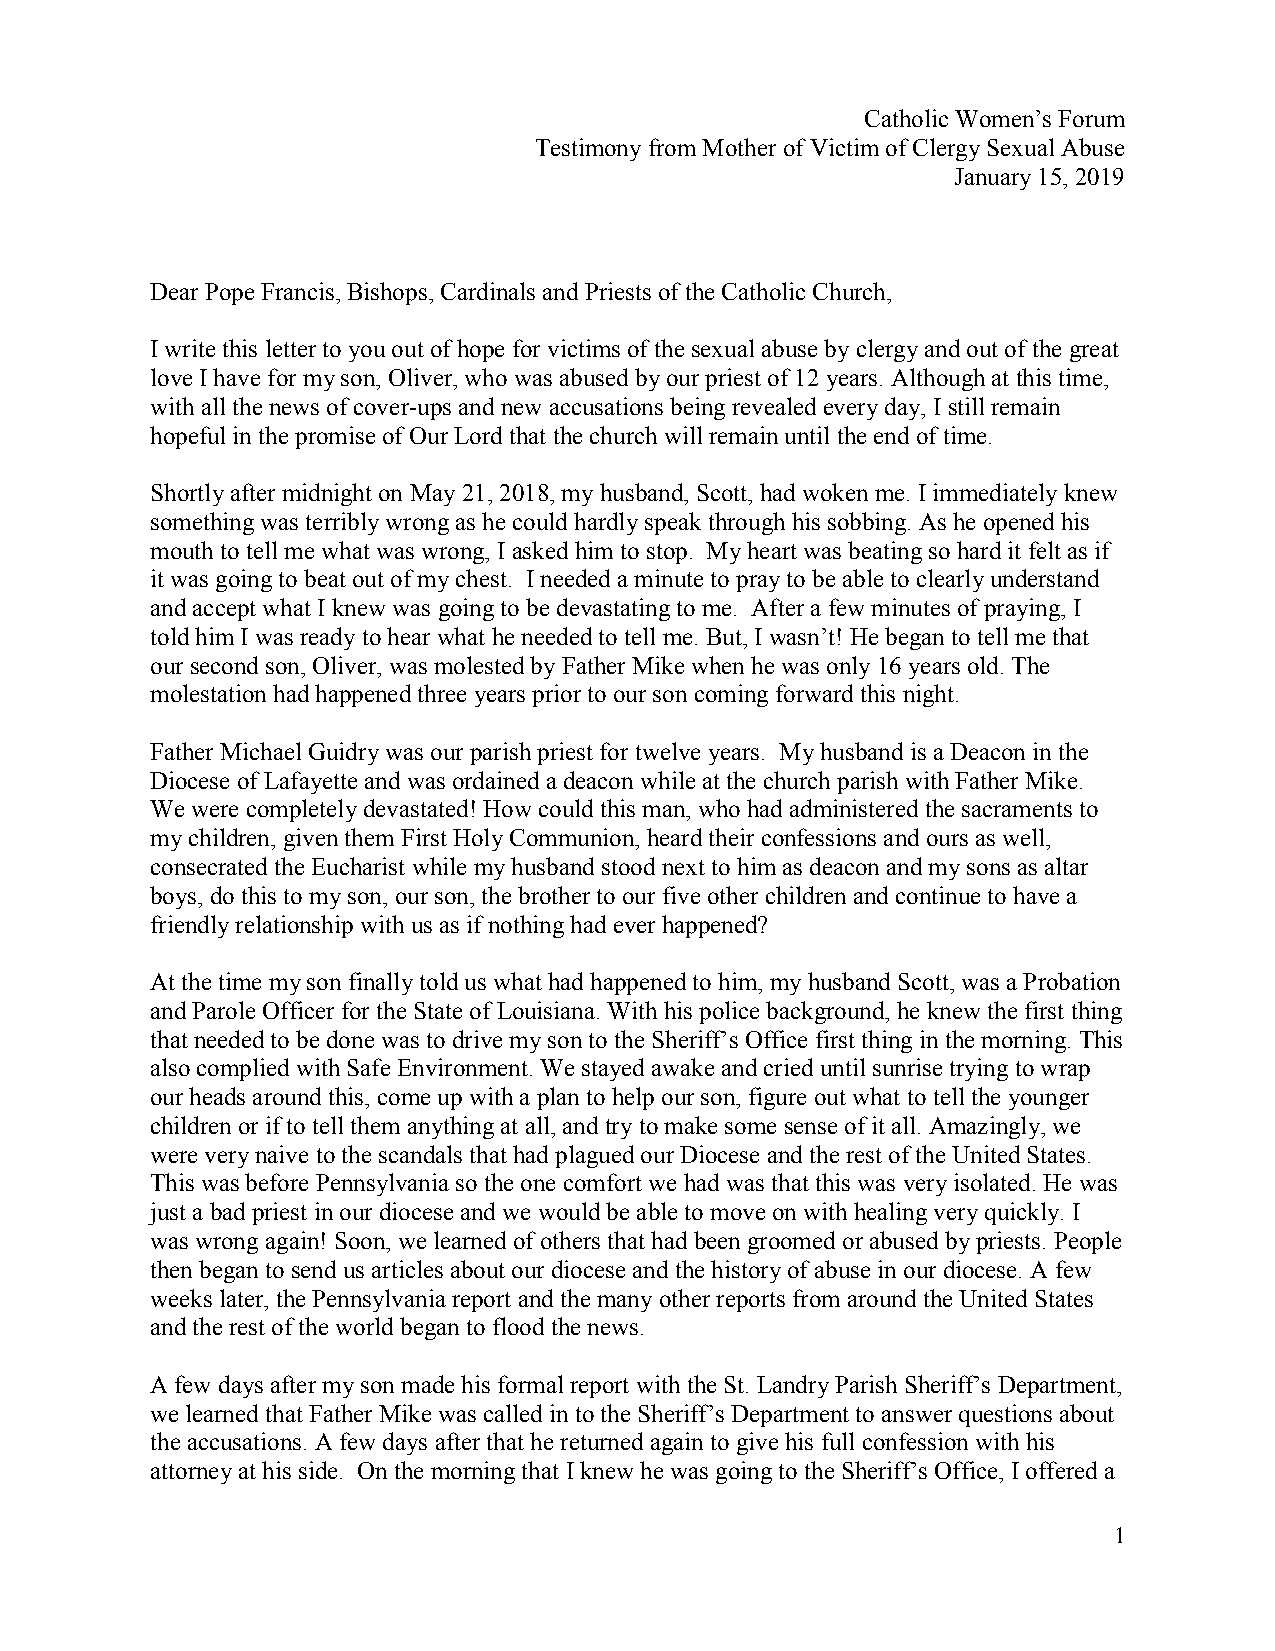
Catholic Women’s Forum
 Testimony from Mother of Victim of Clergy Sexual Abuse
 January 15, 2019
 Dear Pope Francis, Bishops, Cardinals and Priests of the Catholic Church,
 I write this letter to you out of hope for victims of the sexual abuse by clergy and out of the great
 love I have for my son, Oliver, who was abused by our priest of 12 years. Although at this time,
 with all the news of cover-ups and new accusations being revealed every day, I still remain
 hopeful in the promise of Our Lord that the church will remain until the end of time.
 Shortly after midnight on May 21, 2018, my husband, Scott, had woken me. I immediately knew
 something was terribly wrong as he could hardly speak through his sobbing. As he opened his
 mouth to tell me what was wrong, I asked him to stop. My heart was beating so hard it felt as if
 it was going to beat out of my chest. I needed a minute to pray to be able to clearly understand
 and accept what I knew was going to be devastating to me. After a few minutes of praying, I
 told him I was ready to hear what he needed to tell me. But, I wasn’t! He began to tell me that
 our second son, Oliver, was molested by Father Mike when he was only 16 years old. The
 molestation had happened three years prior to our son coming forward this night.
 Father Michael Guidry was our parish priest for twelve years. My husband is a Deacon in the
 Diocese of Lafayette and was ordained a deacon while at the church parish with Father Mike.
 We were completely devastated! How could this man, who had administered the sacraments to
 my children, given them First Holy Communion, heard their confessions and ours as well,
 consecrated the Eucharist while my husband stood next to him as deacon and my sons as altar
 boys, do this to my son, our son, the brother to our five other children and continue to have a
 friendly relationship with us as if nothing had ever happened?
 At the time my son finally told us what had happened to him, my husband Scott, was a Probation
 and Parole Officer for the State of Louisiana. With his police background, he knew the first thing
 that needed to be done was to drive my son to the Sheriff’s Office first thing in the morning. This
 also complied with Safe Environment. We stayed awake and cried until sunrise trying to wrap
 our heads around this, come up with a plan to help our son, figure out what to tell the younger
 children or if to tell them anything at all, and try to make some sense of it all. Amazingly, we
 were very naive to the scandals that had plagued our Diocese and the rest of the United States.
 This was before Pennsylvania so the one comfort we had was that this was very isolated. He was
 just a bad priest in our diocese and we would be able to move on with healing very quickly. I
 was wrong again! Soon, we learned of others that had been groomed or abused by priests. People
 then began to send us articles about our diocese and the history of abuse in our diocese. A few
 weeks later, the Pennsylvania report and the many other reports from around the United States
 and the rest of the world began to flood the news.
 A few days after my son made his formal report with the St. Landry Parish Sheriff’s Department,
 we learned that Father Mike was called in to the Sheriff’s Department to answer questions about
 the accusations. A few days after that he returned again to give his full confession with his
 attorney at his side. On the morning that I knew he was going to the Sheriff’s Office, I offered a
 1